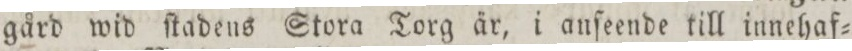
gård wid ſtadens Stora Torg är, i anſeende till innehaf=